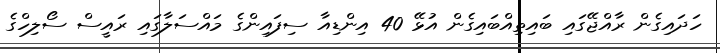
ހަދައިގެން ރާއްޖޭގައި ބައިތިއްބައިގެން އުޅޭ 40 އިންޑިއާ ސިފައިންގެ މައްސަލާގައި ރައީސް ސޯލިހްގެ